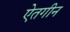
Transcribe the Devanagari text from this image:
ऐतगीन